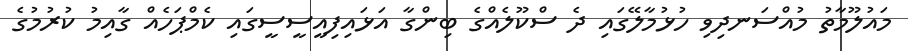
މައުލޫމާތު މުއްސަނދިވި ހުޅުމާލޭގައި ދެ ސްކޫލެއްގެ ބިންގާ އަޅައިފިއީސީސީގައި ކެމްޕަހެއް ގާއިމު ކުރުމުގެ